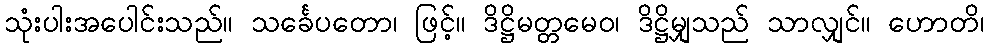
သုံးပါးအပေါင်းသည်။ သင်္ခေပတော၊ ဖြင့်။ ဒိဋ္ဌိမတ္တမေဝ၊ ဒိဋ္ဌိမျှသည် သာလျှင်။ ဟောတိ၊